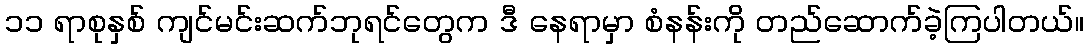
၁၁ ရာစုနှစ် ကျင်မင်းဆက်ဘုရင်တွေက ဒီ နေရာမှာ စံနန်းကို တည်ဆောက်ခဲ့ကြပါတယ်။